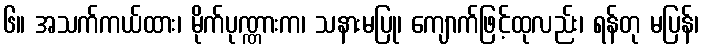
၆။ အသက်ကယ်ထား၊ မိုက်ပုဏ္ဏားက၊ သနားမပြု၊ ကျောက်ဖြင့်ထုလည်း၊ ရန်တု မပြန်၊